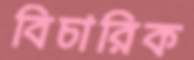
বিচারিক